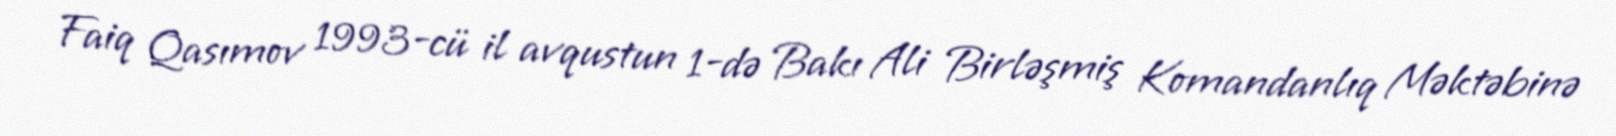
Faiq Qasımov 1993-cü il avqustun 1-də Bakı Ali Birləşmiş Komandanlıq Məktəbinə